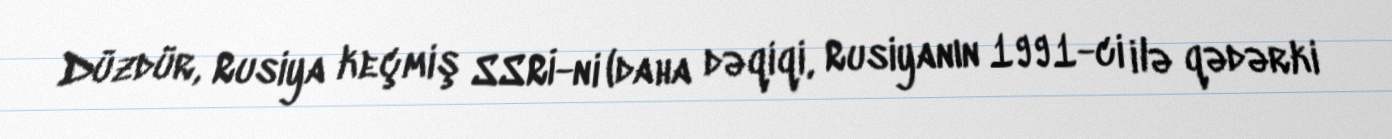
Düzdür, Rusiya keçmiş SSRİ-ni (daha dəqiqi, Rusiyanın 1991-ci ilə qədərki